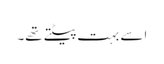
اسے بہت پیٹتے تھے۔